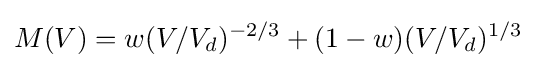
M(V)=w(V/V_{d})^{-2/3}+(1-w)(V/V_{d})^{1/3}